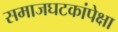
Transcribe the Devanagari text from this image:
समाजघटकांपेक्षा